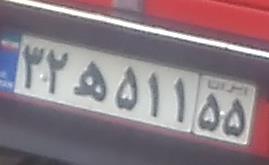
۳۲ه۵۱۱۵۵